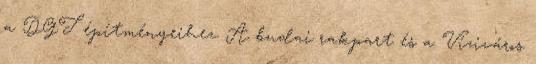
a DGT építményeihez. A budai rakpart és a Víziváros